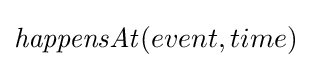
{\mathit {happensAt}}(event,time)